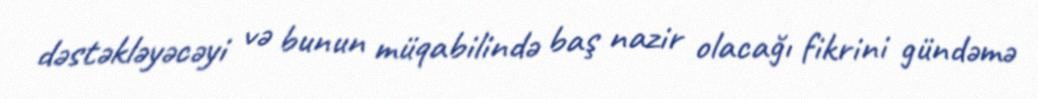
dəstəkləyəcəyi və bunun müqabilində baş nazir olacağı fikrini gündəmə